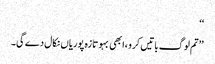
‘‘
’’تم لوگ باتیں کرو ،ابھی بہو تازہ پوریاں نکال دے گی۔